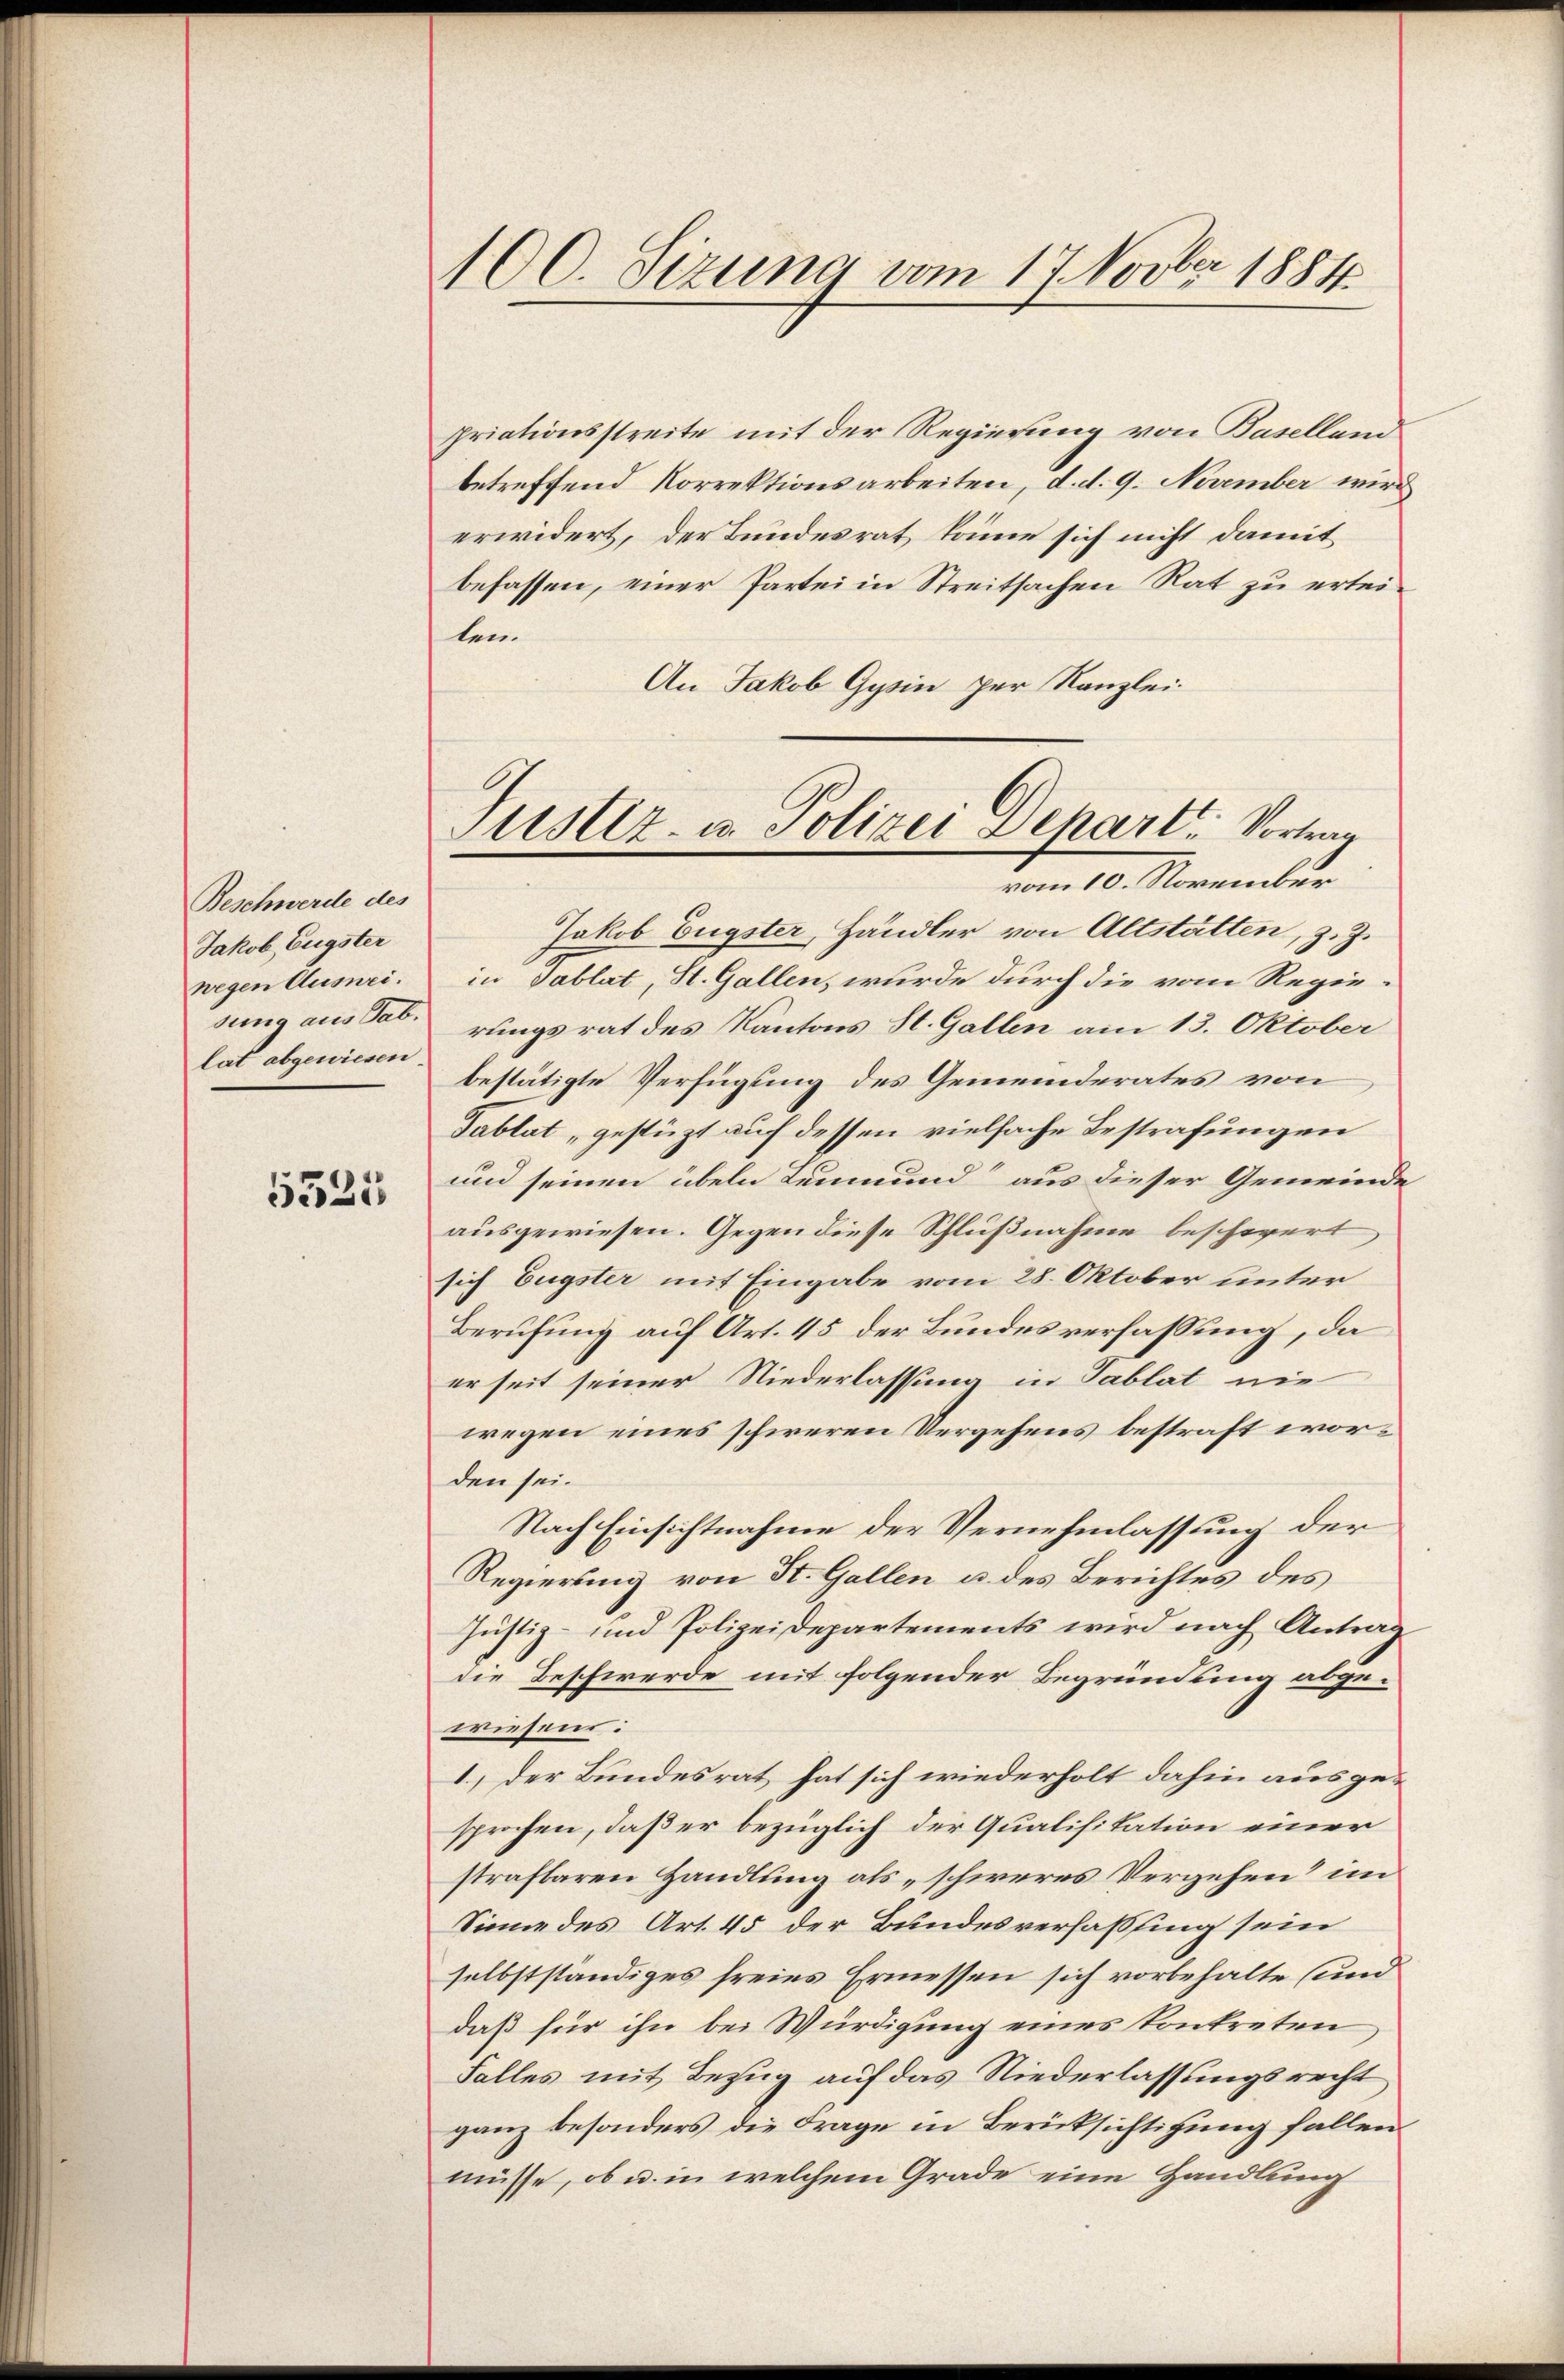
Beschwerde des
Jakob Eugster
wegen Ausnei.
lat abgewiesen.

5525

100. Sizung vom 17. Novber 1884.

priationsstreite mit der Regierung von Baselland
betreffend Korrektionsarbeiten, d. d. 9. November wird
erwidert, der Bundesrat, könne sich nicht damit
befassen, einer Partei in Streitsachen Rat zu erteilen.
An Jakob Gysin per Kanzlei.
Jakob Eugster, Händler von Altstätten, z. Z.
in Tablat, St. Gallen, wurde durch die vom Regiesung aus darungsrat des Kantons St. Gallen am 13. Oktober
bestätigte Verfügung des Gemeinderates von
Tablat „gestützt auf dessen vielfache Bestrafungen
und seinen übeln Leumund“ aus dieser Gemeinde
ausgewiesen. Gegen diese Schlußnahme beschwert,
sich Eugster mit Eingabe vom 28. Oktober unter
Berufung auf Art. 45 der Bundesverfassung, da
er seit seiner Niederlassung in Tablat nie
wegen eines schweren Vergehens bestraft worden sei.
Nach Einsichtnahme der Vernehmlassung der
Regierung von St. Gallen u. des Berichtes des
Justiz- und Polizeidepartements wird nach Antrag
die Beschwerde mit folgender Begründung abgewiesens:
1) der Bundesrat hat sich wiederholt dahin ausgesprochen, daß er bezüglich der Qualifikation einer
strafbaren Handlung als „schweres Vergehen“ im
Sinne des Art. 45 der Bundesverfassung sein
selbstständiges freies Ermessen sich vorbehalte (und
daß für ihn bei Würdigung eines kontreten
Falles mit Bezug auf das Niederlassungsrecht
ganz besonders die Frage in Berücksichtigung fallen
müsse, ob u. in welchem Grade eine Handlung

Justiz- u. Polizei Depart. Vortrag
vom 10. November